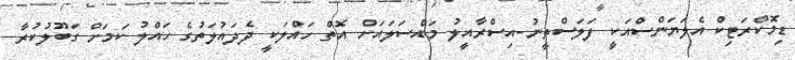
ޑިމޮކްރަޓިކް އެލަޔަންސްއަކީ ފަލަސްތީނު-އިސްރާއީލު މައްސަލައަށް އޮތް ހައްލަކީ ދެދައުލަތުގެ ހައްލު ކަމަށް ގަބޫލުކުރާ